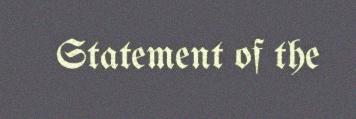
Statement of the